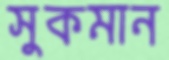
সুকমান